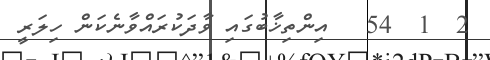
2  1  54   އިންތިޚާބުގައި ވާދަކުރައްވާނެކަން ހިލަރީ